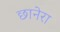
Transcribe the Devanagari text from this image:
छानेरा